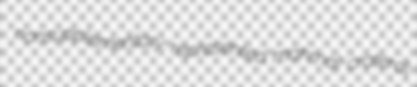
nonsupplementary represented mahmal crateral